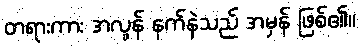
တရားကား အလွန် နက်နဲသည် အမှန် ဖြစ်၏။